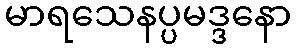
မာရသေနပ္ပမဒ္ဒနော